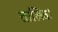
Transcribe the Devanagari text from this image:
तालिब।